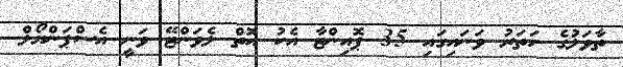
ތާވަލުގެ ހަތަރު ވަނައިގައި 35 ޕޮއިންޓާ އެކު އޮތް ލެވަންޓޭ ވަނީ އެސްޕަންޔޯލް